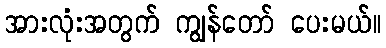
အားလုံးအတွက် ကျွန်တော် ပေးမယ်။